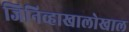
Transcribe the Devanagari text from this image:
जिनिव्हाखालोखाल